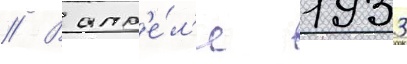
// В апр'е́л'е 1933